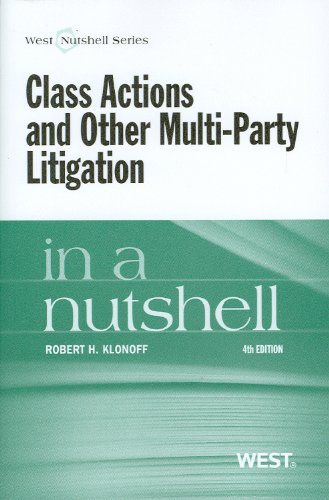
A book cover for Class Actions and Other Multi-Party Litigation in a Nutshell, 4th Edition (Nutshell Series); Robert Klonoff; Law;